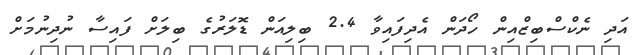
އަދި ނެކްސްބިޒްއިން ހޯދަން އެދިފައިވާ 2.4 ބިލިއަން ޑޮލަރުގެ ބިލަށް ފައިސާ ނުދިނުމަށް